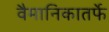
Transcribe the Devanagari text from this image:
वैमानिकातर्फे